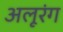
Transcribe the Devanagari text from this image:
अलूरंग